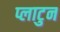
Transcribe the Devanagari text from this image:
प्लाटुन